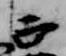
正